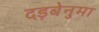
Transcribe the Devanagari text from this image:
दड़बेनुमा